Medical and sanitary report of the native army of Bengal for the year
Year: 1875
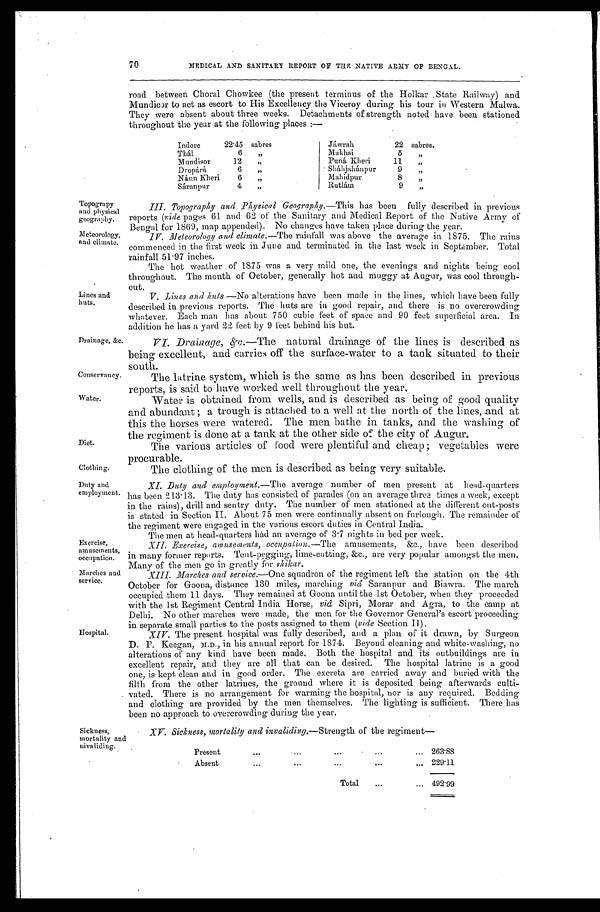
Topograpy
and physical
geography.
Meteorology,
and climate.
Conservancy.
Water.
Diet.
Clothing.
Duty and
employment.
Exercise,
amusements,
occupation.
Marches and
service.
XV. Sickness, mortality and invaliding .—Strength of the regiment—
Present . . .
263.88
Absent . . .
2 9 . 1 1
Total . . . 492.99
Sickness,
mortality and
invaliding.
70
MEDICAL AND SANITARY REPORT OF THE NATIVE ARMY OP BENGAL.
road between Choral Chowkee (the present terminus of the Holkar State Railway) and
Mundicor to act as escort to His Excellency the Viceroy during his tour in Western Malwa.
They were absent about three weeks. Detachments of strength noted have been stationed
throughout the year at the following places :—
Indore
22.45 sabres
Thál
6
"
Mundisor
12
"
Dropárá
6
"
Nánn Kheri
6
"
Sáranpur
4
"
Jáwrah
22 sabres.
Makhsi
5
"
Puná Kheri
11
"
Sháhjahánpur
9
"
Mlahidpur.
8
"
Rutlám
9
"
Lines and
huts.
Drainage, &c.
III. Topography and Physical Geography.—This has been fully described in previous
reports (vide pages 61 and 62 of the Sanitary and Medical Report of the Native Army of
Bengal for 1869, map appended). No changes have taken place during the year.
IV. Meteorology and climate .—The rainfallwas above the average in 1875. The rains
commenced in the first week in June and terminated in the last week in September. Total
rainfall 51.97 inches.
The hot weather of 1875 was a very mild one, the evenings and nights being cool
throughout. The month of October, generally hot and muggy at Augur, was cool through
- o u t
V. Lines and huts .—No alterations have been made in the lines, which have been fully
described in previous reports. The huts are in good repair, and there is no overcrowding
whatever. Each man has about 750 cubic feet of space and 90 feet superficial area. In
addition he has a yard 22 feet by 9 feet behind his hut.
VI. Drainage, &c
.—The natural drainage of the lines is described as
being excellent, and carries off the surface-water to a tank situated to their south.
The latrine system, which is the same as has been described in previous
reports, is said to have worked well throughout the year.
Water is obtained from wells, and is described as being of good quality
and abundant; a trough is attached to a well at the north of the lines, and at
this the horses were watered. The men bathe in tanks, and the washing of
the regiment is done at a tank at the other side of the city of Augur.
The various articles of food were plentiful and cheap; vegetables were
procurable.
The clothing of the men is described as being very suitable.
XI. Duty and employment .—The average number of men present at head-quarters
has been 213.13. The duty has consisted of parades (on an average three times a week, except
in the rains), drill and sentry duty. The number of men stationed at the different out-posts
is stated in Section II. About 75 men were continually absent on furlough. The remainder of
the regiment were engaged in the various escort duties in Central India.
The men at head-quarters hád an average of 3.7 nights in bed per week.
XII.— Exercise, amusements, occupation .— The amusements, &c., have been described
in many former reports. Tent-pegging, lime-cutting, &c., are very popular amongst the men.
Many of the men go in greatly for s h i k a r .
X I I I . M a r c h e s a n d s e r v i c e.
— O n e
s q u a d r o n o f t h e r e g i m e n t l e f t t h e s t a t i o n o n t h e 4 t h
October for Goona, distance 130 miles, marching viâ Saranpur and Biawra. The march
occupied them 11 days. They remained at Goona until the 1st October, when they proceeded
with the 1st Regiment Central India Horse, viâ Sipri, Morar and Agra, to the camp at
Delhi. No other marches were made, the men for the Governor General's escort proceeding
in separate small narties to the posts assigned to them (vide Section II).
Hospital.
XIV. The present hospital was fully described, and a plan of it drawn, by Surgeon
D. F. Keegan, M.D., in his annual report for 1874. Beyond cleaning and white-washing, no
alterations of any kind have been made. Both the hospital and its outbuildings are in
excellent repair, and they are all that can be desired. The hospital latrine is a good
one, is kept clean and in good order. The excreta are carried away and buried with the
filth from the other latrines, the ground where it is deposited being afterwards culti
- v a t e d . T h e r e i s n o a r r a n g e m e n t f o r w a r m i n g t h e h o s p i t a l , n o r i s a n y r e q u i r e d . B e d d i n g
and clothing are provided by the men themselves. The lighting is sufficient. There has
been no approach to overcrowding during the year.